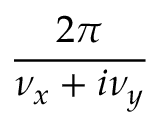
\frac { 2 \pi } { \nu _ { x } + i \nu _ { y } }